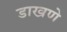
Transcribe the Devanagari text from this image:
डाखणे